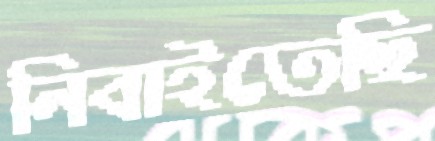
নিবাইতেছি